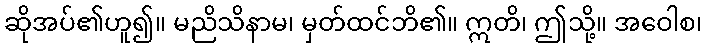
ဆိုအပ်၏ဟူ၍။ မညိသိနာမ၊ မှတ်ထင်ဘိ၏။ ဣတိ၊ ဤသို့။ အဝေါစ၊